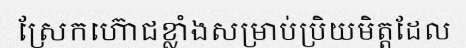
ស្រែកហ៊ោជខ្លាំងសម្រាប់ប្រិយមិត្តដែល